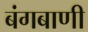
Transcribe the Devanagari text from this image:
बंगबाणी